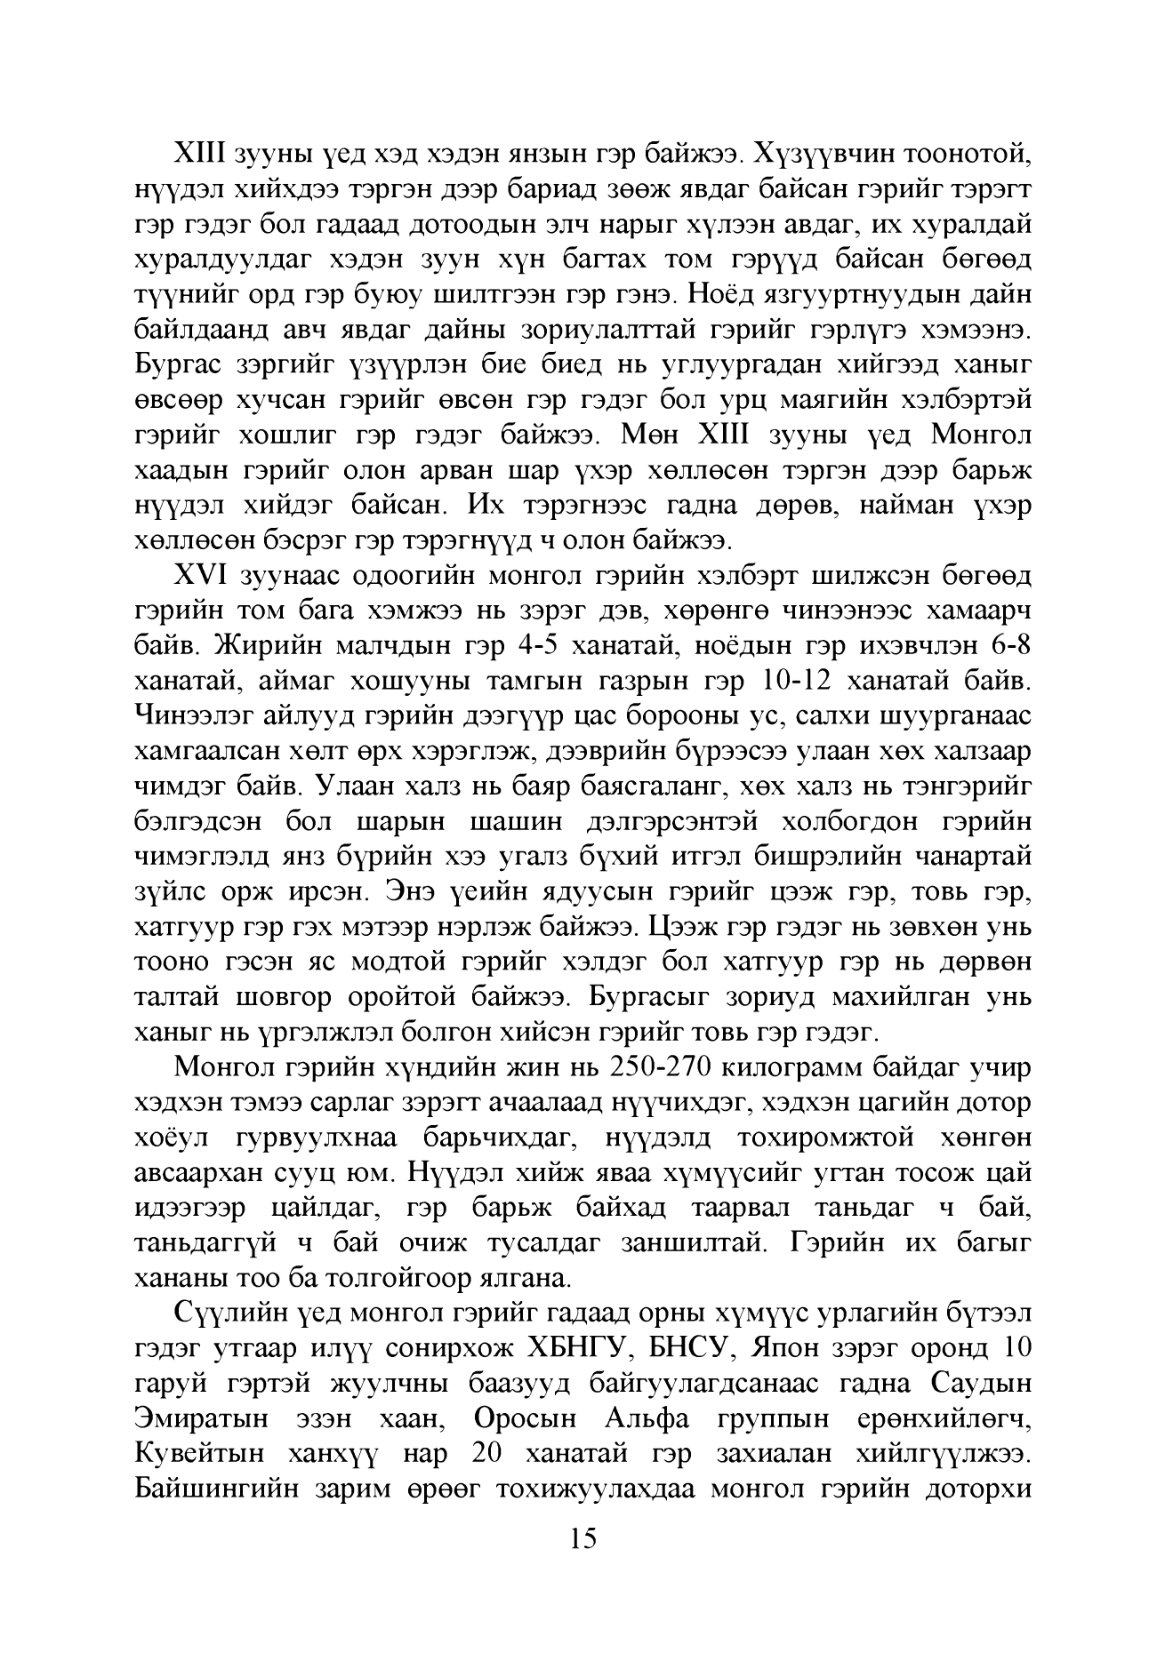
Language: mn